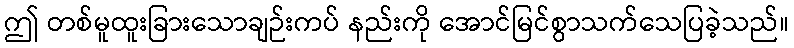
ဤ တစ်မူထူးခြားသောချဉ်းကပ် နည်းကို အောင်မြင်စွာသက်သေပြခဲ့သည်။